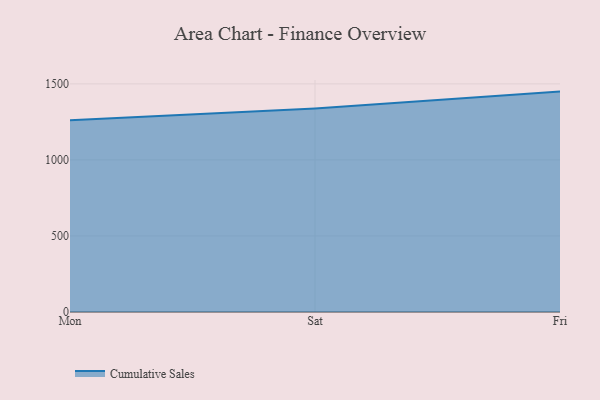
{"axis": {"x": "Day", "y": "Conversion Rate (%)"}, "legend": ["Cumulative Sales"], "data": [{"x": "Mon", "y": 1260.9, "type": "Cumulative Sales"}, {"x": "Sat", "y": 1338.4, "type": "Cumulative Sales"}, {"x": "Fri", "y": 1449.1, "type": "Cumulative Sales"}]}